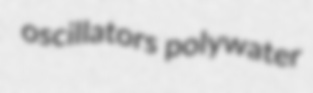
oscillators polywater